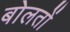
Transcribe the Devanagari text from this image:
बोलतों